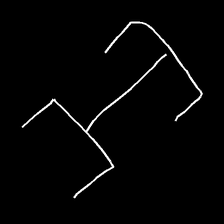
Glyph: entwine